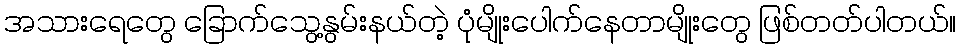
အသားရေတွေ ခြောက်သွေ့နွမ်းနယ်တဲ့ ပုံမျိုးပေါက်နေတာမျိုးတွေ ဖြစ်တတ်ပါတယ်။